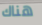
هناك